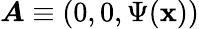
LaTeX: \boldsymbol{A}\equiv(0,0,\Psi(\textbf{x}))